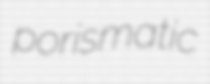
porismatic